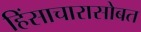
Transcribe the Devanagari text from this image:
हिंसाचारासोबत